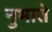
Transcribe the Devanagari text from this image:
नुभाते